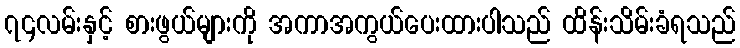
၇၄လမ်းနှင့် စားဖွယ်များကို အကာအကွယ်ပေးထားပါသည် ထိန်းသိမ်းခံရသည်